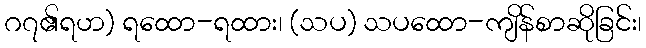
ဂ၇၏ရဟ) ရထော-ရထား၊ (သပ) သပထော-ကျိန်စာဆိုခြင်း၊